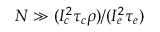
N \gg ( I _ { c } ^ { 2 } \tau _ { c } \rho ) / ( I _ { e } ^ { 2 } \tau _ { e } )